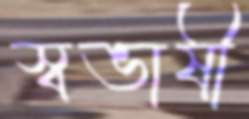
স্বভাষী